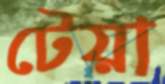
টেয়া